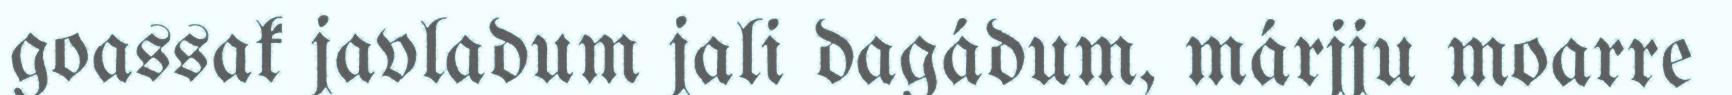
goassak javladum jali dagádum, márjju moarre